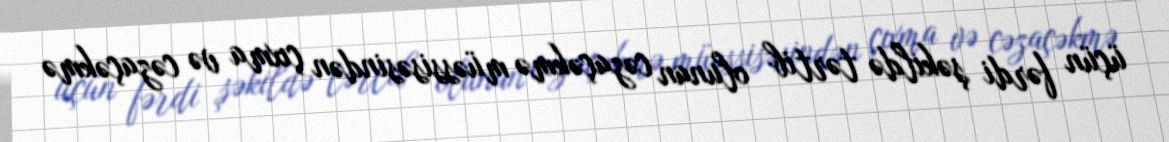
üçün fərdi şəkildə tərtib olunan cəzaçəkmə müəssisəsindən çıxma və cəzaçəkmə